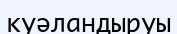
куәландыруы